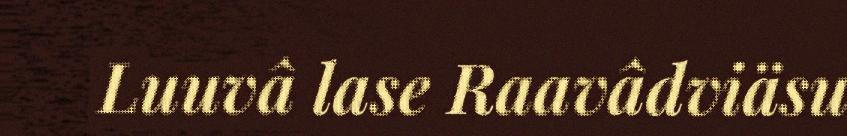
Luuvâ lase Raavâdviäsu